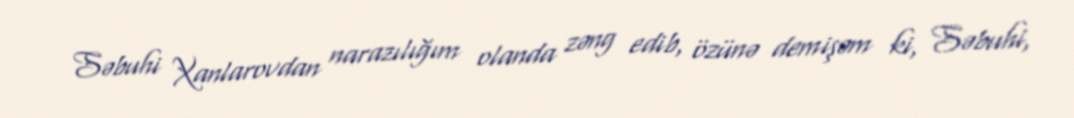
Səbuhi Xanlarovdan narazılığım olanda zəng edib, özünə demişəm ki, Səbuhi,